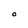
Character: O